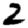
Digit: 2